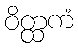
ဝိတ္ထကံ